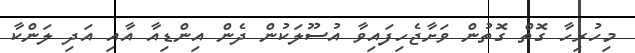
މިހުރިހާ ގޮތް ގޮތުން ވަށާޖެހިފައިވާ އުސޫލަކުން ދެން އިންޑިއާ އާއި އަދި ލަންކާ